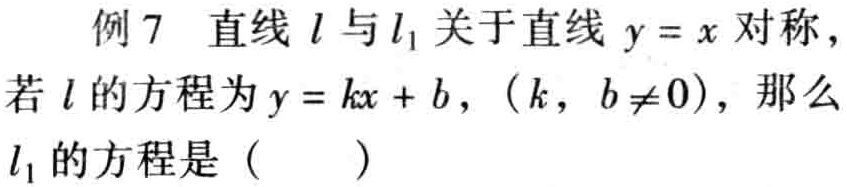
例7 直线\(l\)与\(l_{1}\)关于直线\(y = x\)对称，若\(l\)的方程为\(y = kx + b\)，\((k, b\neq0)\)，那么\(l_{1}\)的方程是（  ）